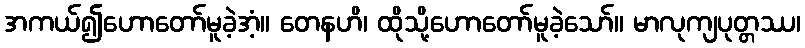
အကယ်၍ဟောတော်မူခဲ့အံ့။ တေနဟိ၊ ထိုသို့ဟောတော်မူခဲ့သော်။ မာလုကျပုတ္တဿ၊